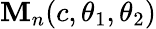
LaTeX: \mathbf{M}_{n}(c,\theta_{1},\theta_{2})